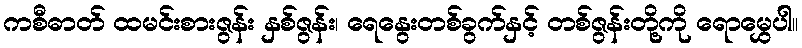
ကစီဓာတ် ထမင်းစားဇွန်း နှစ်ဇွန်း၊ ရေနွေးတစ်ခွက်နှင့် တစ်ဇွန်းတို့ကို ရောမွှေပါ။